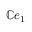
\mathbb { C } e _ { 1 }